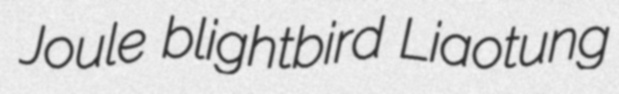
Joule blightbird Liaotung